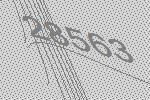
28563